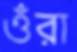
ওঁরা